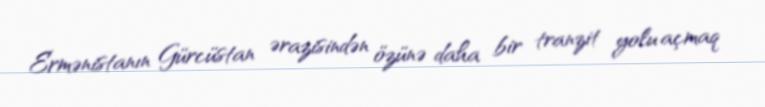
Ermənistanın Gürcüstan ərazisindən özünə daha bir tranzit yolu açmaq